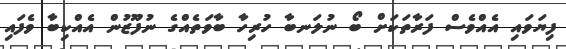
ފިޔަވައި އެއްވެސް ފަރާތަކަށް ބޯ ނުލަނބާ ހުރިހާ ބާވަތެއްގެ ނުފޫޒުން އެއްކިބާ ވެފައި